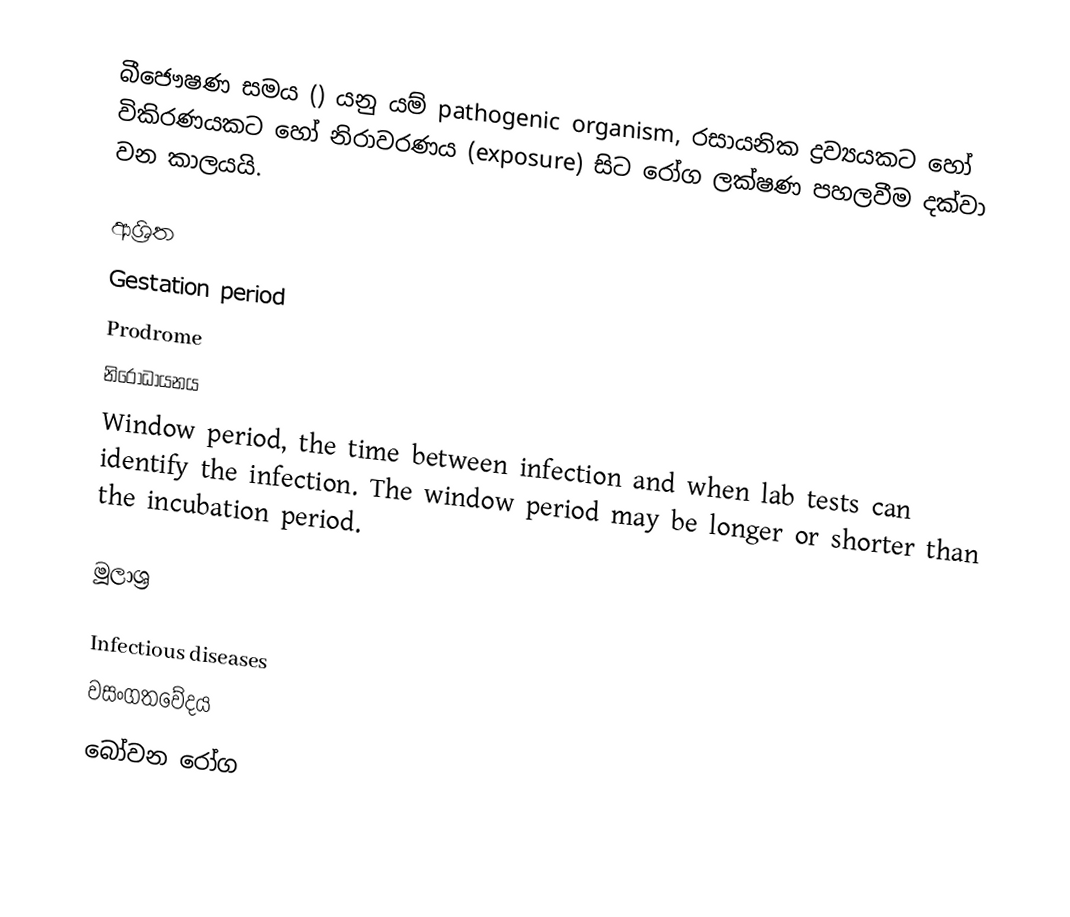
බීජෞෂණ සමය () යනු යම් pathogenic organism, රසායනික ද්‍රව්‍යයකට හෝ විකිරණයකට හෝ නිරාවරණය (exposure) සිට රෝග ලක්ෂණ පහලවීම දක්වා වන කාලයයි.

ආශ්‍රිත
 Gestation period
 Prodrome
 නිරෝධායනය
 Window period, the time between infection and when lab tests can identify the infection. The window period may be longer or shorter than the incubation period.

මූලාශ්‍ර

Infectious diseases
වසංගතවේදය
බෝවන රෝග